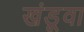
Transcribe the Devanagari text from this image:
खंडूवा